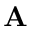
\mathbf { A }